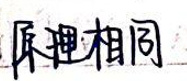
原理相同